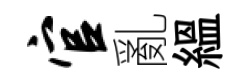
官亂緼